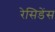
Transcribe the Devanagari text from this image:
रेसिडेंस